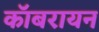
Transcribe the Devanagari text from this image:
कॉबरायन